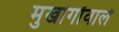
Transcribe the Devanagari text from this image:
मुखांगोंवाले